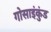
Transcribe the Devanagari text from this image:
गोसाइंकुंड